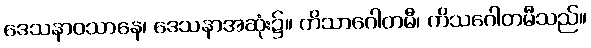
ဒေသနာဝသာနေ၊ ဒေသနာအဆုံး၌။ ကိသာဂေါတမီ၊ ကိသဂေါတမီသည်။